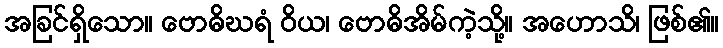
အခြင်ရှိသော။ ဗောဓိဃရံ ဝိယ၊ ဗောဓိအိမ်ကဲ့သို့။ အဟောသိ၊ ဖြစ်၏။